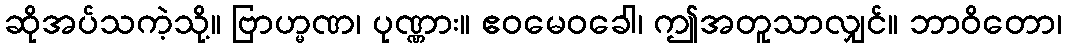
ဆိုအပ်သကဲ့သို့။ ဗြာဟ္မဏ၊ ပုဏ္ဏား။ ဧဝမေဝခေါ၊ ဤအတူသာလျှင်။ ဘာဝိတော၊